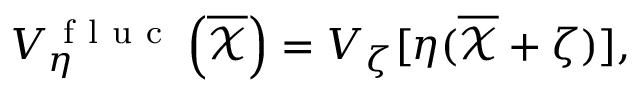
V _ { \eta } ^ { \mathrm { ~ f ~ l ~ u ~ c ~ } } \left( \overline { { \mathcal { X } } } \right) = V _ { \zeta } [ \eta ( \overline { { \mathcal { X } } } + \zeta ) ] ,